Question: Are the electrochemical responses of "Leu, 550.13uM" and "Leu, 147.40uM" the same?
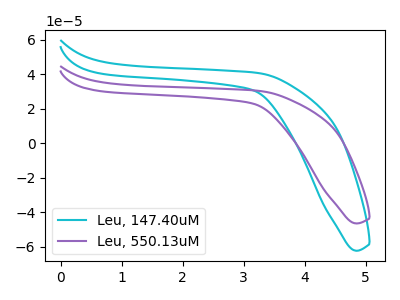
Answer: <think>The cyan curve "Leu, 147.40uM" has no peaks. The purple curve "Leu, 550.13uM" has no peaks.
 Neither "Leu, 550.13uM" or "Leu, 147.40uM" have any peaks.</think>
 <answer>"Leu, 550.13uM" and "Leu, 147.40uM" are similar in shape.</answer>
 <eval>same_shape</eval>